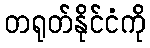
တရုတ်နိုင်ငံကို